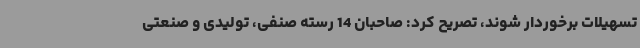
تسهیلات برخوردار شوند، تصریح کرد: صاحبان 14 رسته صنفی، تولیدی و صنعتی